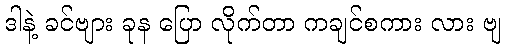
ဒါနဲ့ ခင်ဗျား ခုန ပြော လိုက်တာ ကချင်စကား လား ဗျ